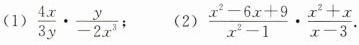
(1)$$\frac { 4 x } { 3 y } \cdot \frac { y } { - 2 x ^ { 3 } }$$； (2) $$\frac { x ^ { 2 } - 6 x + 9 } { x ^ { 2 } - 1 } \cdot \frac { x ^ { 2 } + x } { x - 3 }$$ .